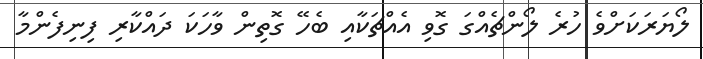
ލޯޔަރަކަށްވެ ހުރެ ލޯންޗެއްގަ ގޮވި އެއްޗަކާއި ބެހޭ ގޮތިން ވާހަކަ ދައްކާރި ފިނިފެންމާ